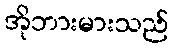
အိုဘားမားသည်